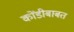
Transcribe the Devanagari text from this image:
कोंडीबाबत